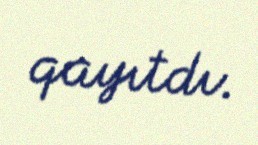
qayıtdı.